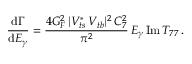
{ \frac { \mathrm { d } \Gamma } { \mathrm { d } E _ { \gamma } } } = { \frac { 4 G _ { F } ^ { 2 } \, | V _ { t s } ^ { * } \, V _ { t b } | ^ { 2 } \, C _ { 7 } ^ { 2 } } { \pi ^ { 2 } } } \, E _ { \gamma } \, \mathrm { I m } \, T _ { 7 7 } \, .